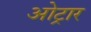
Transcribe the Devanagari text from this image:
ओट्रार